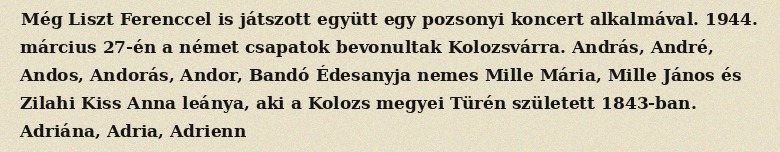
Még Liszt Ferenccel is játszott együtt egy pozsonyi koncert alkalmával. 1944. március 27-én a német csapatok bevonultak Kolozsvárra. András, André, Andos, Andorás, Andor, Bandó Édesanyja nemes Mille Mária, Mille János és Zilahi Kiss Anna leánya, aki a Kolozs megyei Türén született 1843-ban. Adriána, Adria, Adrienn